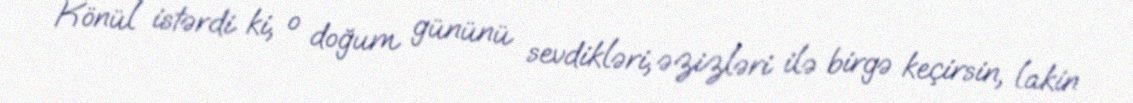
Könül istərdi ki, o doğum gününü sevdikləri, əzizləri ilə birgə keçirsin, lakin